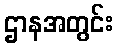
ဌာနအတွင်း